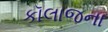
કૉલાજના